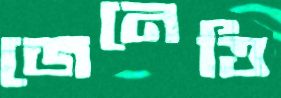
জেনেত্তি